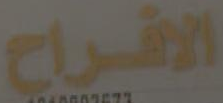
الافراح